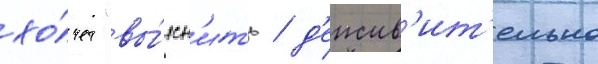
хо́чет "вы́ясн'ить / д'еиств'ит'ельно